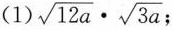
(1)$$\sqrt { 1 2 a } \cdot \sqrt { 3 a }$$